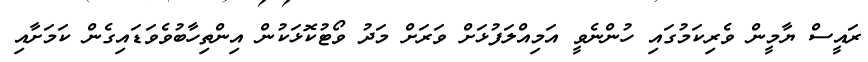
ރައީސް ޔާމީން ވެރިކަމުގައި ހުންނެވީ އަމިއްލަފުޅަށް ވަރަށް މަދު ވޯޓުކޮޅަކުން އިންތިހާބުވެވަޑައިގެން ކަމަށާއި